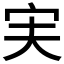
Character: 𫲷